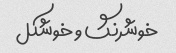
خوشرنگ و خوشکل